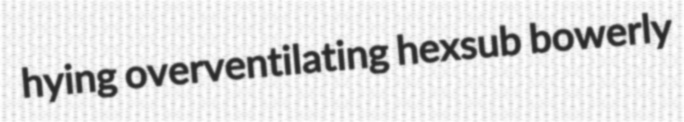
hying overventilating hexsub bowerly